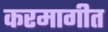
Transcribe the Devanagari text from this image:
करमागीत